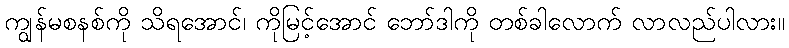
ကျွန်မစနစ်ကို သိရအောင်၊ ကိုမြင့်အောင် ဘော်ဒါကို တစ်ခါလောက် လာလည်ပါလား။